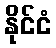
နိုင်ငံ